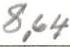
8,64